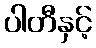
ပါတီနှင့်